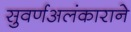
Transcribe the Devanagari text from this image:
सुवर्णअलंकाराने